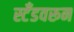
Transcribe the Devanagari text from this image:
स्टँडवरून